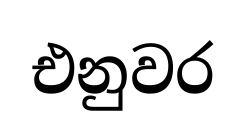
එනුවර